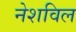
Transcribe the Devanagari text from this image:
नेशविल